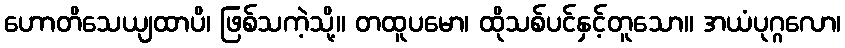
ဟောတိသေယျထာပိ၊ ဖြစ်သကဲ့သို့။ တထူပမော၊ ထိုသစ်ပင်နှင့်တူသော။ အယံပုဂ္ဂလော၊